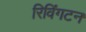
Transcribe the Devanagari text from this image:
रिविंगटन